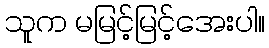
သူက မမြင့်မြင့်အေးပါ။